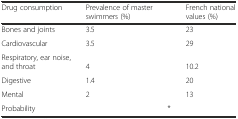
| Drug consumption | Prevalence of master swimmers (%) |  | French national values (%) |
 | --- | --- | --- | --- |
 | Bones and joints | 3.5 |  | 23 |
 | Cardiovascular | 3.5 |  | 29 |
 | Respiratory, ear noise, and throat | 4 |  | 10.2 |
 | Digestive | 1.4 |  | 20 |
 | Mental | 2 |  | 13 |
 | Probability |  | * |  |